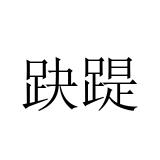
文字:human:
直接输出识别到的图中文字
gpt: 趹踶